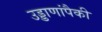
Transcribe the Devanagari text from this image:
उड्डाणांपैकी